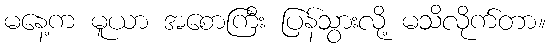
မနေ့က မူယာ အစောကြီး ပြန်သွားလို့ မသိလိုက်တာ။